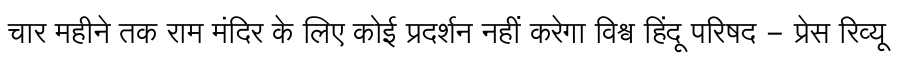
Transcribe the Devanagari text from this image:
चार महीने तक राम मंदिर के लिए कोई प्रदर्शन नहीं करेगा विश्व हिंदू परिषद - प्रेस रिव्यू